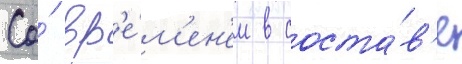
Со́ вр'е́м'ен'ем в соста́в'е